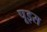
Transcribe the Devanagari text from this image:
पूइस